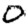
Digit: 0